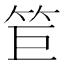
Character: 𥬙